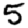
Digit: 5